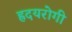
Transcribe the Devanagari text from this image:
ह्रदयरोगी